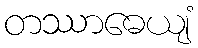
တဿာဓေယျံ